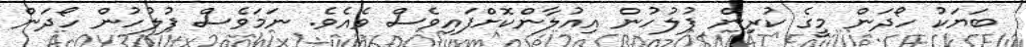
ބަޔަކު ހޯދަން މީގެ ކުރިން ފުލުހުން އިއުލާންކޮށްފައިވެެސް ވެއެވެ. ނަމަވެސް ފުލުހުން ހޯދަން